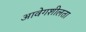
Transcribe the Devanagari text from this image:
आवेगशीलता